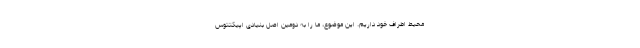
محیط اطراف خود داریم. این موضوع، ما را به دومین اصل بنیادی اپیکتتوس